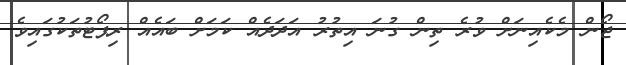
ޖޯން މެކެއިނަށް ވުރެ ތިން ގުނަ އިތުރު އަދަދެއް ކަމަށް ބައެއް ރިޕޯޓުތަކުގައިވެ